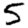
Digit: 5